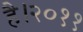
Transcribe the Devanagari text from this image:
है।२०११